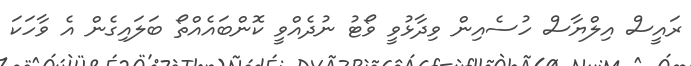
ރައީސް އިލްޔާސް ހުސެއިން ވިދާޅުވީ ވޯޓު ނުދެއްވީ ކޮންބައެއްތޯ ބަލައިގެން އެ ވާހަކަ